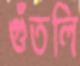
গুঁতলি